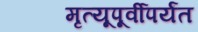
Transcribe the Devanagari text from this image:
मृत्यूपूर्वीपर्यंत